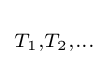
\scriptstyle T_{1},T_{2},\ldots